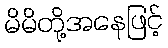
မိမိတို့အနေဖြင့်